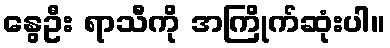
နွေဦး ရာသီကို အကြိုက်ဆုံးပါ။